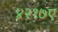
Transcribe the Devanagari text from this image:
४२१७ए